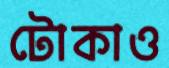
টোকাও